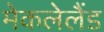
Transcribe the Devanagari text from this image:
मेकलेलैंड